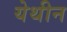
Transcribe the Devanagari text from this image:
येथीन